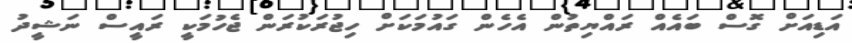
އަޑިއަށް ގޮސް ބައެއް ރައްޔިތުން އެހެން ގައުމަކަށް ހިޖުރަކުރަން ޖެހުމަކީ ރައީސް ނަޝީދު